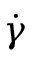
\Dot { \gamma }